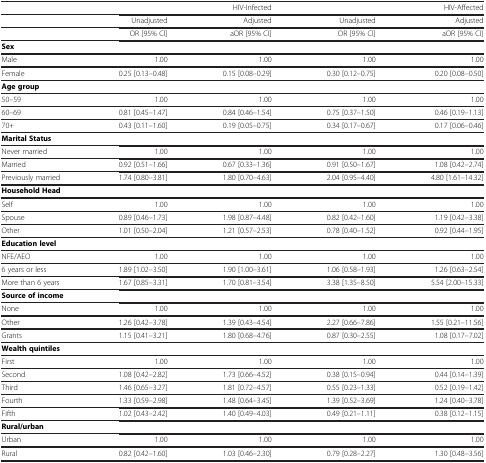
<table><thead><tr><td><b> </b></td><td colspan="2"><b>HIV-Infected</b></td><td colspan="2"><b>HIV-Affected</b></td></tr></thead><tbody><tr><td> </td><td>Unadjusted</td><td>Adjusted</td><td>Unadjusted</td><td>Adjusted</td></tr><tr><td> </td><td>OR [95% CI]</td><td>aOR [95% CI]</td><td>OR [95% CI]</td><td>aOR [95% CI]</td></tr><tr><td><b>Sex</b></td><td> </td><td> </td><td> </td><td> </td></tr><tr><td>Male</td><td>1.00</td><td>1.00</td><td>1.00</td><td>1.00</td></tr><tr><td>Female</td><td>0.25 [0.13–0.48]</td><td>0.15 [0.08–0.29]</td><td>0.30 [0.12–0.75]</td><td>0.20 [0.08–0.50]</td></tr><tr><td><b>Age group</b></td><td> </td><td> </td><td> </td><td> </td></tr><tr><td>50–59</td><td>1.00</td><td>1.00</td><td>1.00</td><td>1.00</td></tr><tr><td>60–69</td><td>0.81 [0.45–1.47]</td><td>0.84 [0.46–1.54]</td><td>0.75 [0.37–1.50]</td><td>0.46 [0.19–1.13]</td></tr><tr><td>70+</td><td>0.43 [0.11–1.60]</td><td>0.19 [0.05–0.75]</td><td>0.34 [0.17–0.67]</td><td>0.17 [0.06–0.46]</td></tr><tr><td><b>Marital Status</b></td><td> </td><td> </td><td> </td><td> </td></tr><tr><td>Never married</td><td>1.00</td><td>1.00</td><td>1.00</td><td>1.00</td></tr><tr><td>Married</td><td>0.92 [0.51–1.66]</td><td>0.67 [0.33–1.36]</td><td>0.91 [0.50–1.67]</td><td>1.08 [0.42–2.74]</td></tr><tr><td>Previously married</td><td>1.74 [0.80–3.81]</td><td>1.80 [0.70–4.63]</td><td>2.04 [0.95–4.40]</td><td>4.80 [1.61–14.32]</td></tr><tr><td><b>Household Head</b></td><td> </td><td> </td><td> </td><td> </td></tr><tr><td>Self</td><td>1.00</td><td>1.00</td><td>1.00</td><td>1.00</td></tr><tr><td>Spouse</td><td>0.89 [0.46–1.73]</td><td>1.98 [0.87–4.48]</td><td>0.82 [0.42–1.60]</td><td>1.19 [0.42–3.38]</td></tr><tr><td>Other</td><td>1.01 [0.50–2.04]</td><td>1.21 [0.57–2.53]</td><td>0.78 [0.40–1.52]</td><td>0.92 [0.44–1.95]</td></tr><tr><td><b>Education level</b></td><td> </td><td> </td><td> </td><td> </td></tr><tr><td>NFE/AEO</td><td>1.00</td><td>1.00</td><td>1.00</td><td>1.00</td></tr><tr><td>6 years or less</td><td>1.89 [1.02–3.50]</td><td>1.90 [1.00–3.61]</td><td>1.06 [0.58–1.93]</td><td>1.26 [0.63–2.54]</td></tr><tr><td>More than 6 years</td><td>1.67 [0.85–3.31]</td><td>1.70 [0.81–3.54]</td><td>3.38 [1.35–8.50]</td><td>5.54 [2.00–15.33]</td></tr><tr><td><b>Source of income</b></td><td> </td><td> </td><td> </td><td> </td></tr><tr><td>None</td><td>1.00</td><td>1.00</td><td>1.00</td><td>1.00</td></tr><tr><td>Other</td><td>1.26 [0.42–3.78]</td><td>1.39 [0.43–4.54]</td><td>2.27 [0.66–7.86]</td><td>1.55 [0.21–11.56]</td></tr><tr><td>Grants</td><td>1.15 [0.41–3.21]</td><td>1.80 [0.68–4.76]</td><td>0.87 [0.30–2.55]</td><td>1.08 [0.17–7.02]</td></tr><tr><td><b>Wealth quintiles</b></td><td> </td><td> </td><td> </td><td> </td></tr><tr><td>First</td><td>1.00</td><td>1.00</td><td>1.00</td><td>1.00</td></tr><tr><td>Second</td><td>1.08 [0.42–2.82]</td><td>1.73 [0.66–4.52]</td><td>0.38 [0.15–0.94]</td><td>0.44 [0.14–1.39]</td></tr><tr><td>Third</td><td>1.46 [0.65–3.27]</td><td>1.81 [0.72–4.57]</td><td>0.55 [0.23–1.33]</td><td>0.52 [0.19–1.42]</td></tr><tr><td>Fourth</td><td>1.33 [0.59–2.98]</td><td>1.48 [0.64–3.45]</td><td>1.39 [0.52–3.69]</td><td>1.24 [0.40–3.78]</td></tr><tr><td>Fifth</td><td>1.02 [0.43–2.42]</td><td>1.40 [0.49–4.03]</td><td>0.49 [0.21–1.11]</td><td>0.38 [0.12–1.15]</td></tr><tr><td><b>Rural/urban</b></td><td> </td><td> </td><td> </td><td> </td></tr><tr><td>Urban</td><td>1.00</td><td>1.00</td><td>1.00</td><td>1.00</td></tr><tr><td>Rural</td><td>0.82 [0.42–1.60]</td><td>1.03 [0.46–2.30]</td><td>0.79 [0.28–2.27]</td><td>1.30 [0.48–3.56]</td></tr></tbody></table>